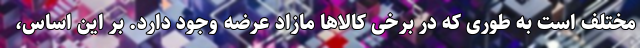
مختلف است به طوری که در برخی کالاها مازاد عرضه وجود دارد. بر این اساس،